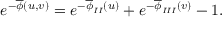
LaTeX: e ^ { - \overline { { { \phi } } } ( u , v ) } = e ^ { - \overline { { { \phi } } } _ { I I } ( u ) } + e ^ { - \overline { { { \phi } } } _ { I I I } ( v ) } - 1 .